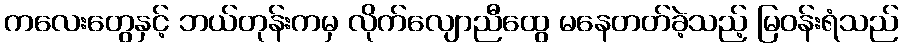
ကလေးတွေနှင့် ဘယ်တုန်းကမှ လိုက်လျောညီထွေ မနေတတ်ခဲ့သည့် မြဝန်းရံသည်